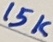
Text: 15K